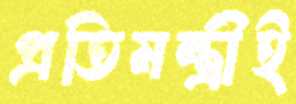
প্রতিমন্ত্রীই